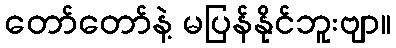
တော်တော်နဲ့ မပြန်နိုင်ဘူးဗျာ။